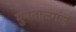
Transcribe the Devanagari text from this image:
मुमताजगंज